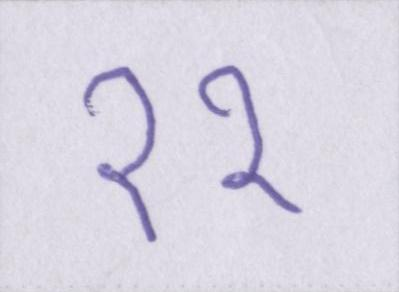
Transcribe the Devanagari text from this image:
११